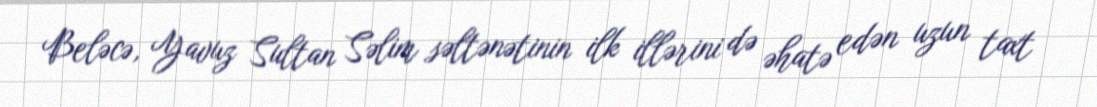
Beləcə, Yavuz Sultan Səlim səltənətinin ilk illərini də əhatə edən uzun taxt